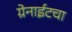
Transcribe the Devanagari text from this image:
ग्रेनाईटचा